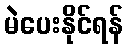
မဲပေးနိုင်ရန်